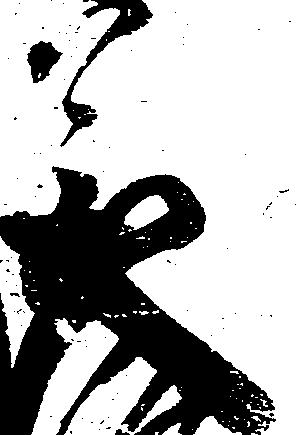
義